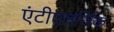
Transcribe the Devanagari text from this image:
एंटीएलर्जिक